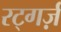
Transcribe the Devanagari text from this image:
रट्गर्ज़